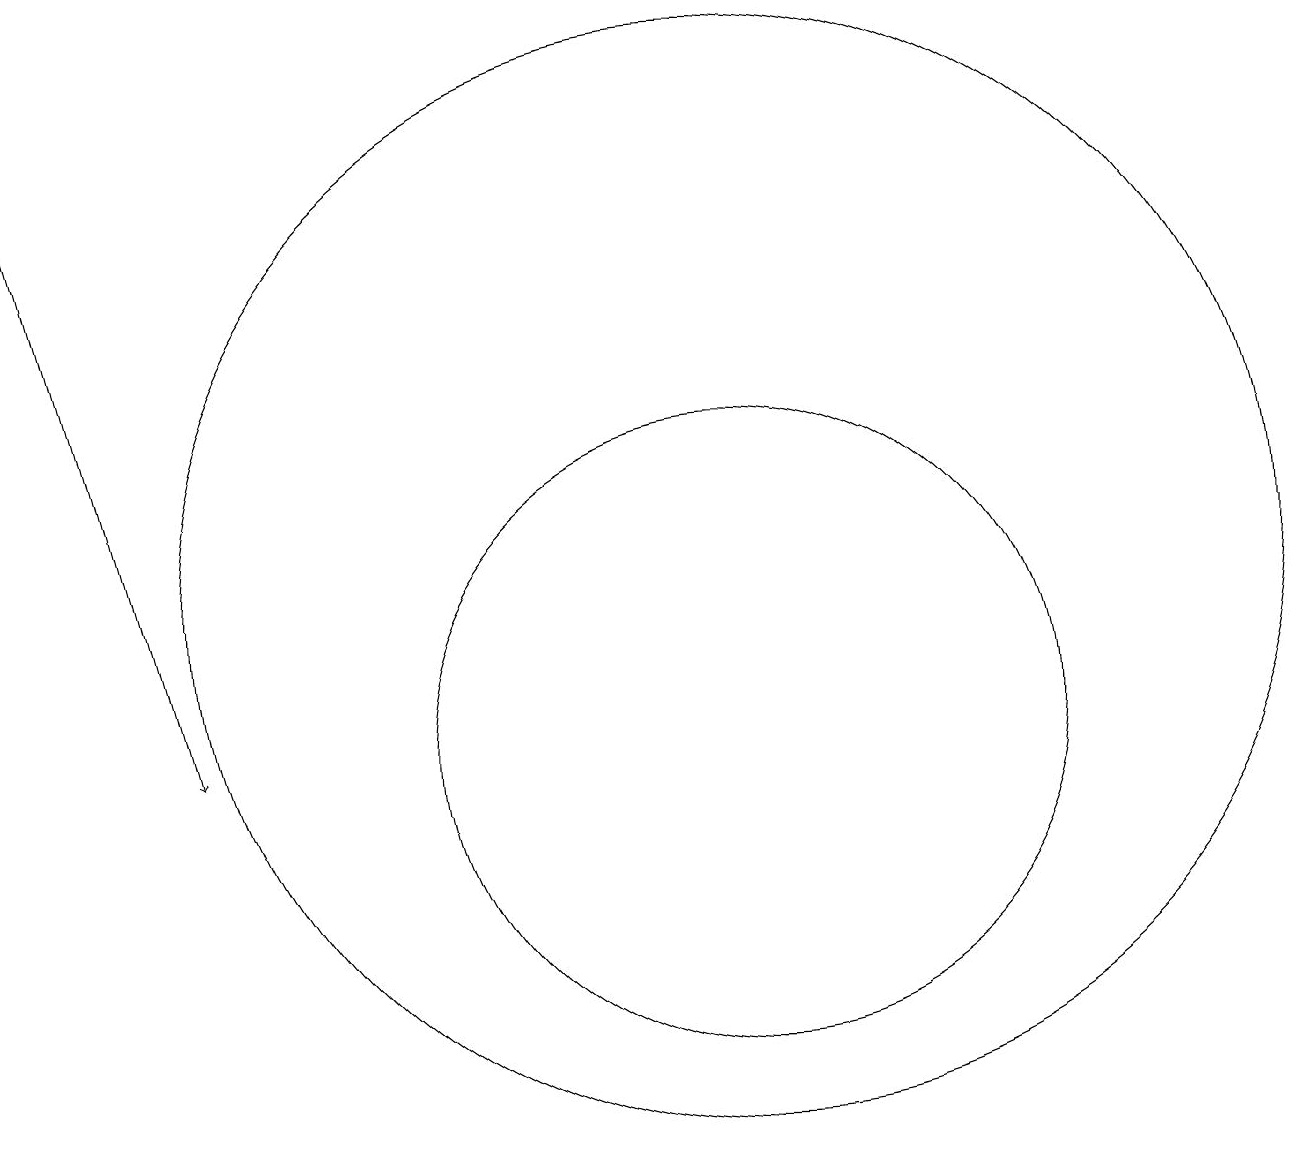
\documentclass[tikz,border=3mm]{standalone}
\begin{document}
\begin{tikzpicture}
\draw (10,12) circle (7);
\draw[->] (1,18) -- (3,10);
\draw (10,10) circle (4);
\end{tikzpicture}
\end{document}